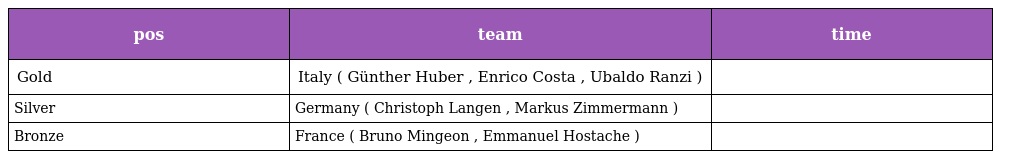
| pos | team | time |
 | --- | --- | --- |
 | Gold | Italy ( Günther Huber , Enrico Costa , Ubaldo Ranzi ) |  |
 | Silver | Germany ( Christoph Langen , Markus Zimmermann ) |  |
 | Bronze | France ( Bruno Mingeon , Emmanuel Hostache ) |  |